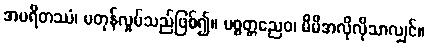
အပရိတဿံ၊ မတုန်လှုပ်သည်ဖြစ်၍။ ပစ္စတ္တညေဝ၊ မိမိအလိုလိုသာလျှင်။